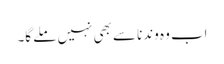
اب وہ وندنا سے بھی نہیں ملے گا۔